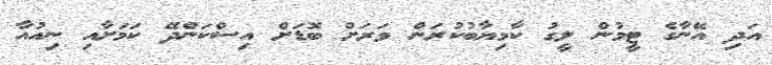
އަދި އޭނާގެ ޓީމުން ލީގު ކާމިޔާބުކުރަން ވަރަށް ބޮޑަށް އިސްކަންދޭ ކަމަށާއި ނިއުއާ